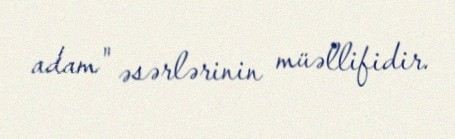
adam" əsərlərinin müəllifidir.